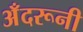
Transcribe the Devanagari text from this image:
अँदरूनी